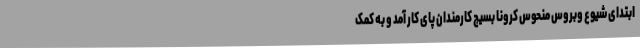
ابتدای شیوع وبروس منحوس کرونا بسیج کارمندان پای کار آمد و به کمک